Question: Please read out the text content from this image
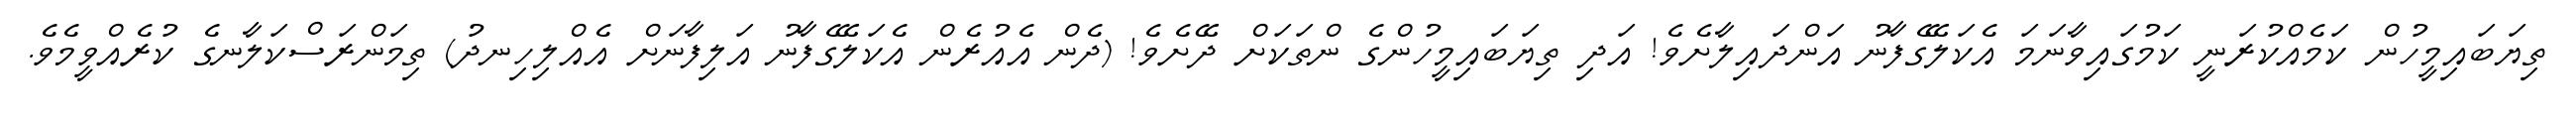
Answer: ތިޔަބައިމީހުން ކަމެއްކުރަނީ ކަމުގައިވާނަމަ އެކަލޭގެފާނު އަންދައިލާށެވެ! އަދި ތިޔަބައިމީހުންގެ ންތަކަށް ދޭށެވެ! (ދެން އެއުރެން އެކަލޭގެފާނު އަލިފާނަށް އެއްލިހިނދު) ތިމަންރަސްކަލާނގެ ކުރެއްވީމެވެ.